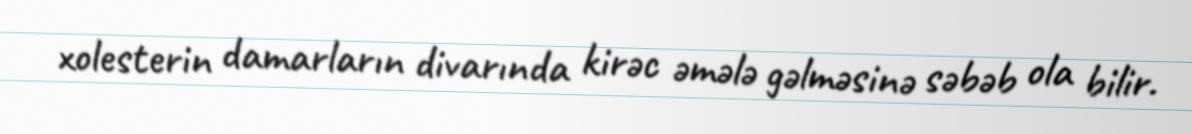
xolesterin damarların divarında kirəc əmələ gəlməsinə səbəb ola bilir.